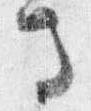
馬